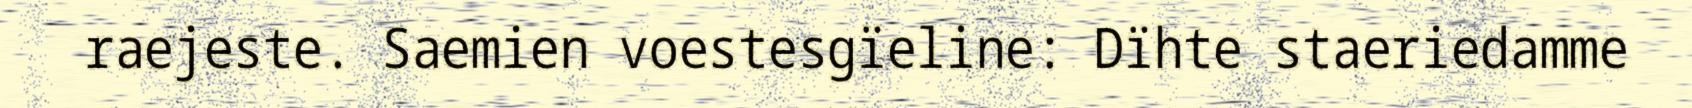
raejeste. Saemien voestesgïeline: Dïhte staeriedamme